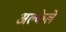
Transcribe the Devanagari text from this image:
अल्केले